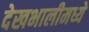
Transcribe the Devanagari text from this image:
देखभालीमध्ये